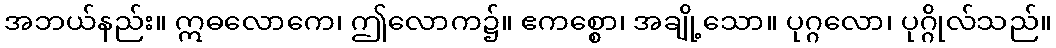
အဘယ်နည်း။ ဣဓလောကေ၊ ဤလောက၌။ ဧကစ္စော၊ အချို့သော။ ပုဂ္ဂလော၊ ပုဂ္ဂိုလ်သည်။